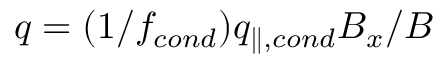
q = ( 1 / f _ { c o n d } ) q _ { \parallel , c o n d } B _ { x } / B